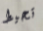
تحيط